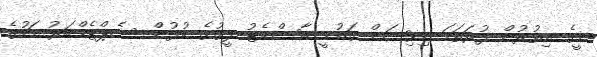
މީގެ އިތުރުން ފުރަތަމަ ޑިވިޝަން ގައުމީ ބާސްކެޓު ލީގުގެ ކުޅުން ސެޕްޓެމްބަރު މަހުގެ